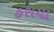
હરાયા